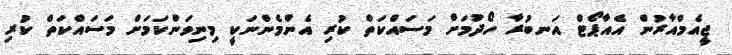
ޖީއެމްއާރުން އެއާޕޯޓް އަނބުރާ ހޯދުމަށް މަސައްކަތް ކުރި އެންމެންނަކީ މިނިވަންކަމަށް މަސައްކަތް ކުރި